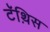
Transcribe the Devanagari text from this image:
टॅथ़िस